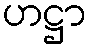
ဟဋ္ဌာ